Annual report on the lock hospitals of the Madras Presidency
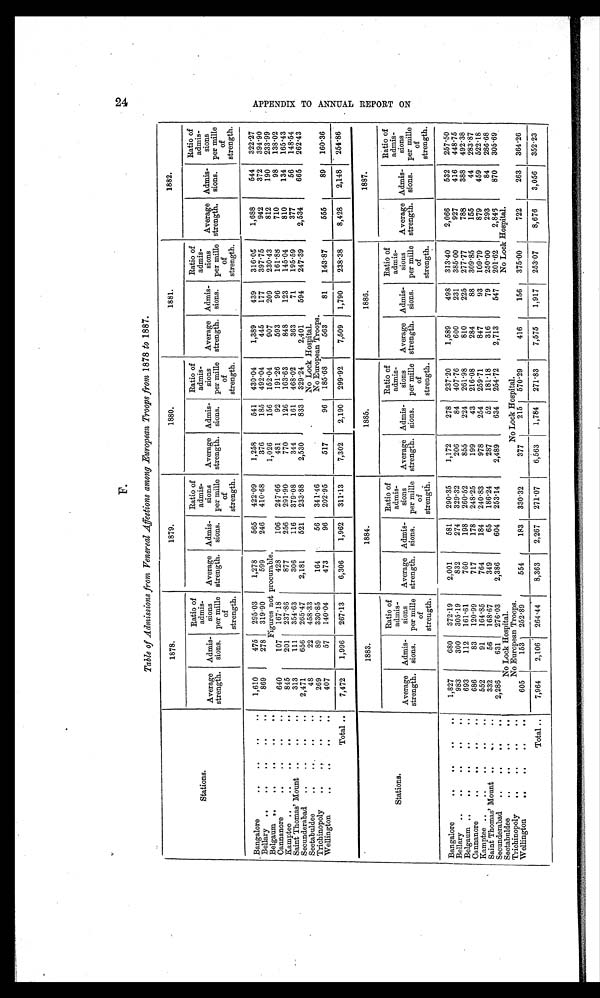
F.
Table of Admissions from Venereal Affections among European Troops from 1878 to 1887.
Stations.
1878.
1879.
1880.
1881.
1882.
Average
strength.
Admis-
sions.
Ratio of
admis-
sions
per mille
of
strength.
Average
strength.
Admis-
sions.
Ratio of
admis-
sions
per mille
of
strength.
Average
strength.
Admis-
sions.
Ratio of
admis-
sions
per mille
of
strength.
Average
strength.
Admis-
sions.
Ratio of
admis-
sions
per mille
of
strength.
Average
strength.
Admis-
sions.
Ratio of
admis-
sions
per mille
of
strength.
Bangalore
..
..
..
..
1,610
475
295.03
1,278
565
422.09
1,258
541
430.04
1,389
439
316.05
1,688
544
322.27
Bellary
..
..
..
..
..
869
278
319.90
599
246
410.68
376
185
492.04
445
177
397.75
942
372
394.90
Belgaum ..
..
..
..
..
Figures not procurable.
1,026
156
152.04
907
209
230.43
812
190
233.99
Cannanore
..
..
..
. .
640
107
167.18
428
106
247.66
481
92
191.26
593
96
161.88
710
98
138.02
Kamptee ..
..
..
..
..
845
201
237.86
877
256
291.90
770
126
163.63
848
123
145.04
810
134
165.43
Saint Thomas' Mount ..
..
..
313
111
354.63
306
116
379.08
344
161
468.02
363
71
195.59
377
56
148.54
Secunderabad
..
..
..
2,471
656
265.47
2,181
521
233.88
2,530
833
329.24
2,401
594
247.39
2,534
665
262.43
Seetabuldee
..
..
..
..
48
22
458.33
No Lock Hospital.
Trichinopoly
..
..
..
269
89
330.85
164
56
341.46
No European Troops.
Wellington
..
..
. .
407
57
140.04
473
96
202.95
517
96
185.68
563
81
143.87
555
89
160.36
Total ..
7,472
1,996
267.13
6,306
1,962
311.13
7,302
2,190
299.92
7,509
1,790
238.38
8,428
2,148
254.86
Stations.
1883.
1884.
1885.
1886.
1887.
Average
strength.
Admis-
sions.
Ratio of
admis-
sions
per mille
of
strength.
Average
strength.
Admis-
sions.
Ratio of
admis-
sions
per mille
of
strength.
Average
strength.
Admis-
sions.
Ratio of
admis-
sions
per mille
of
strength.
Average
strength.
Admis-
sions.
Ratio of
admis-
sions
per mille
of
strength.
Average
strength.
Admis-
sions.
Ratio of
admis-
sions
per mille
of
strength.
Bangalore
. .
. .
..
1,827
680
372.19
2,001
581
290.35
1,172
278
237.20
1,589
498
313.40
2,066
532
257.50
Bellary
..
..
..
..
..
983
300
305.19
832
274
329.32
206
84
407.76
600
231
385.00
927
416
448.75
Belgaum
..
..
..
..
693
112
161.61
760
198
260.52
855
224
261.98
810
225
277.77
788
388
492.38
Cannanore
..
..
..
..
686
83
120.99
717
178
248.25
199
43
216.08
284
88
309.85
155
44
283.87
Kamptee ..
..
..
..
..
552
91
164.85
764
184
240.83
978
254
259.71
847
93
109.79
879
459
522.18
Saint Thomas' Mount ..
...
..
332
56
168.67
349
65
186.24
287
52
181.18
316
79
250.00
293
84
286.68
Secunderabad
..
..
..
2,286
631
276.03
2,386
604
253.14
2,489
634
254.72
2,713
547
201.62
2,846
870
305.69
Seetabuldee
..
..
..
..
No Lock Hospital.
No Lock Hospital.
Trichinopoly
..
..
..
..
No European Troops.
No Lock Hospital.
Wellington
. .
. .
..
605
153
252.89
554
183
330.32
377
215
570.29
416
156
375.00
722
263
364.26
Tota . . l
7,964
2,106
264.44
8,363
2,267
271.07
6,563
1,784
271.83
7,575
1,917
253.07
8,676
3,056
352.23
2 4 A P P E N D I X T O A N N U A L R E P O R T O N